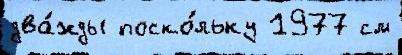
два́жды поско́льку 1977 см